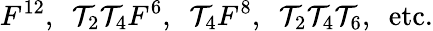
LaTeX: F^{12},\, \, \, \mathcal{T}_{2}\mathcal{T}_{4}F^{6},\, \, \, \mathcal{T}_{4}F^{8},\, \, \, \mathcal{T}_{2}\mathcal{T}_{4}\mathcal{T}_{6},\, \, \, \mathrm{{etc.}}